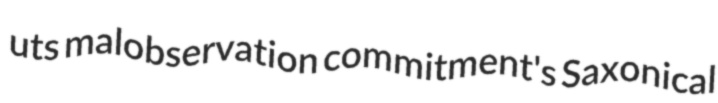
uts malobservation commitment's Saxonical